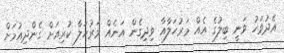
އެދުވަހު ވަނީ ބިލުގެ އެއް މަރުހަލާއާ ވިދިގެން އަނެއް މަރުހަލާ ކުރިއަށް ގެންދިއުމަށް